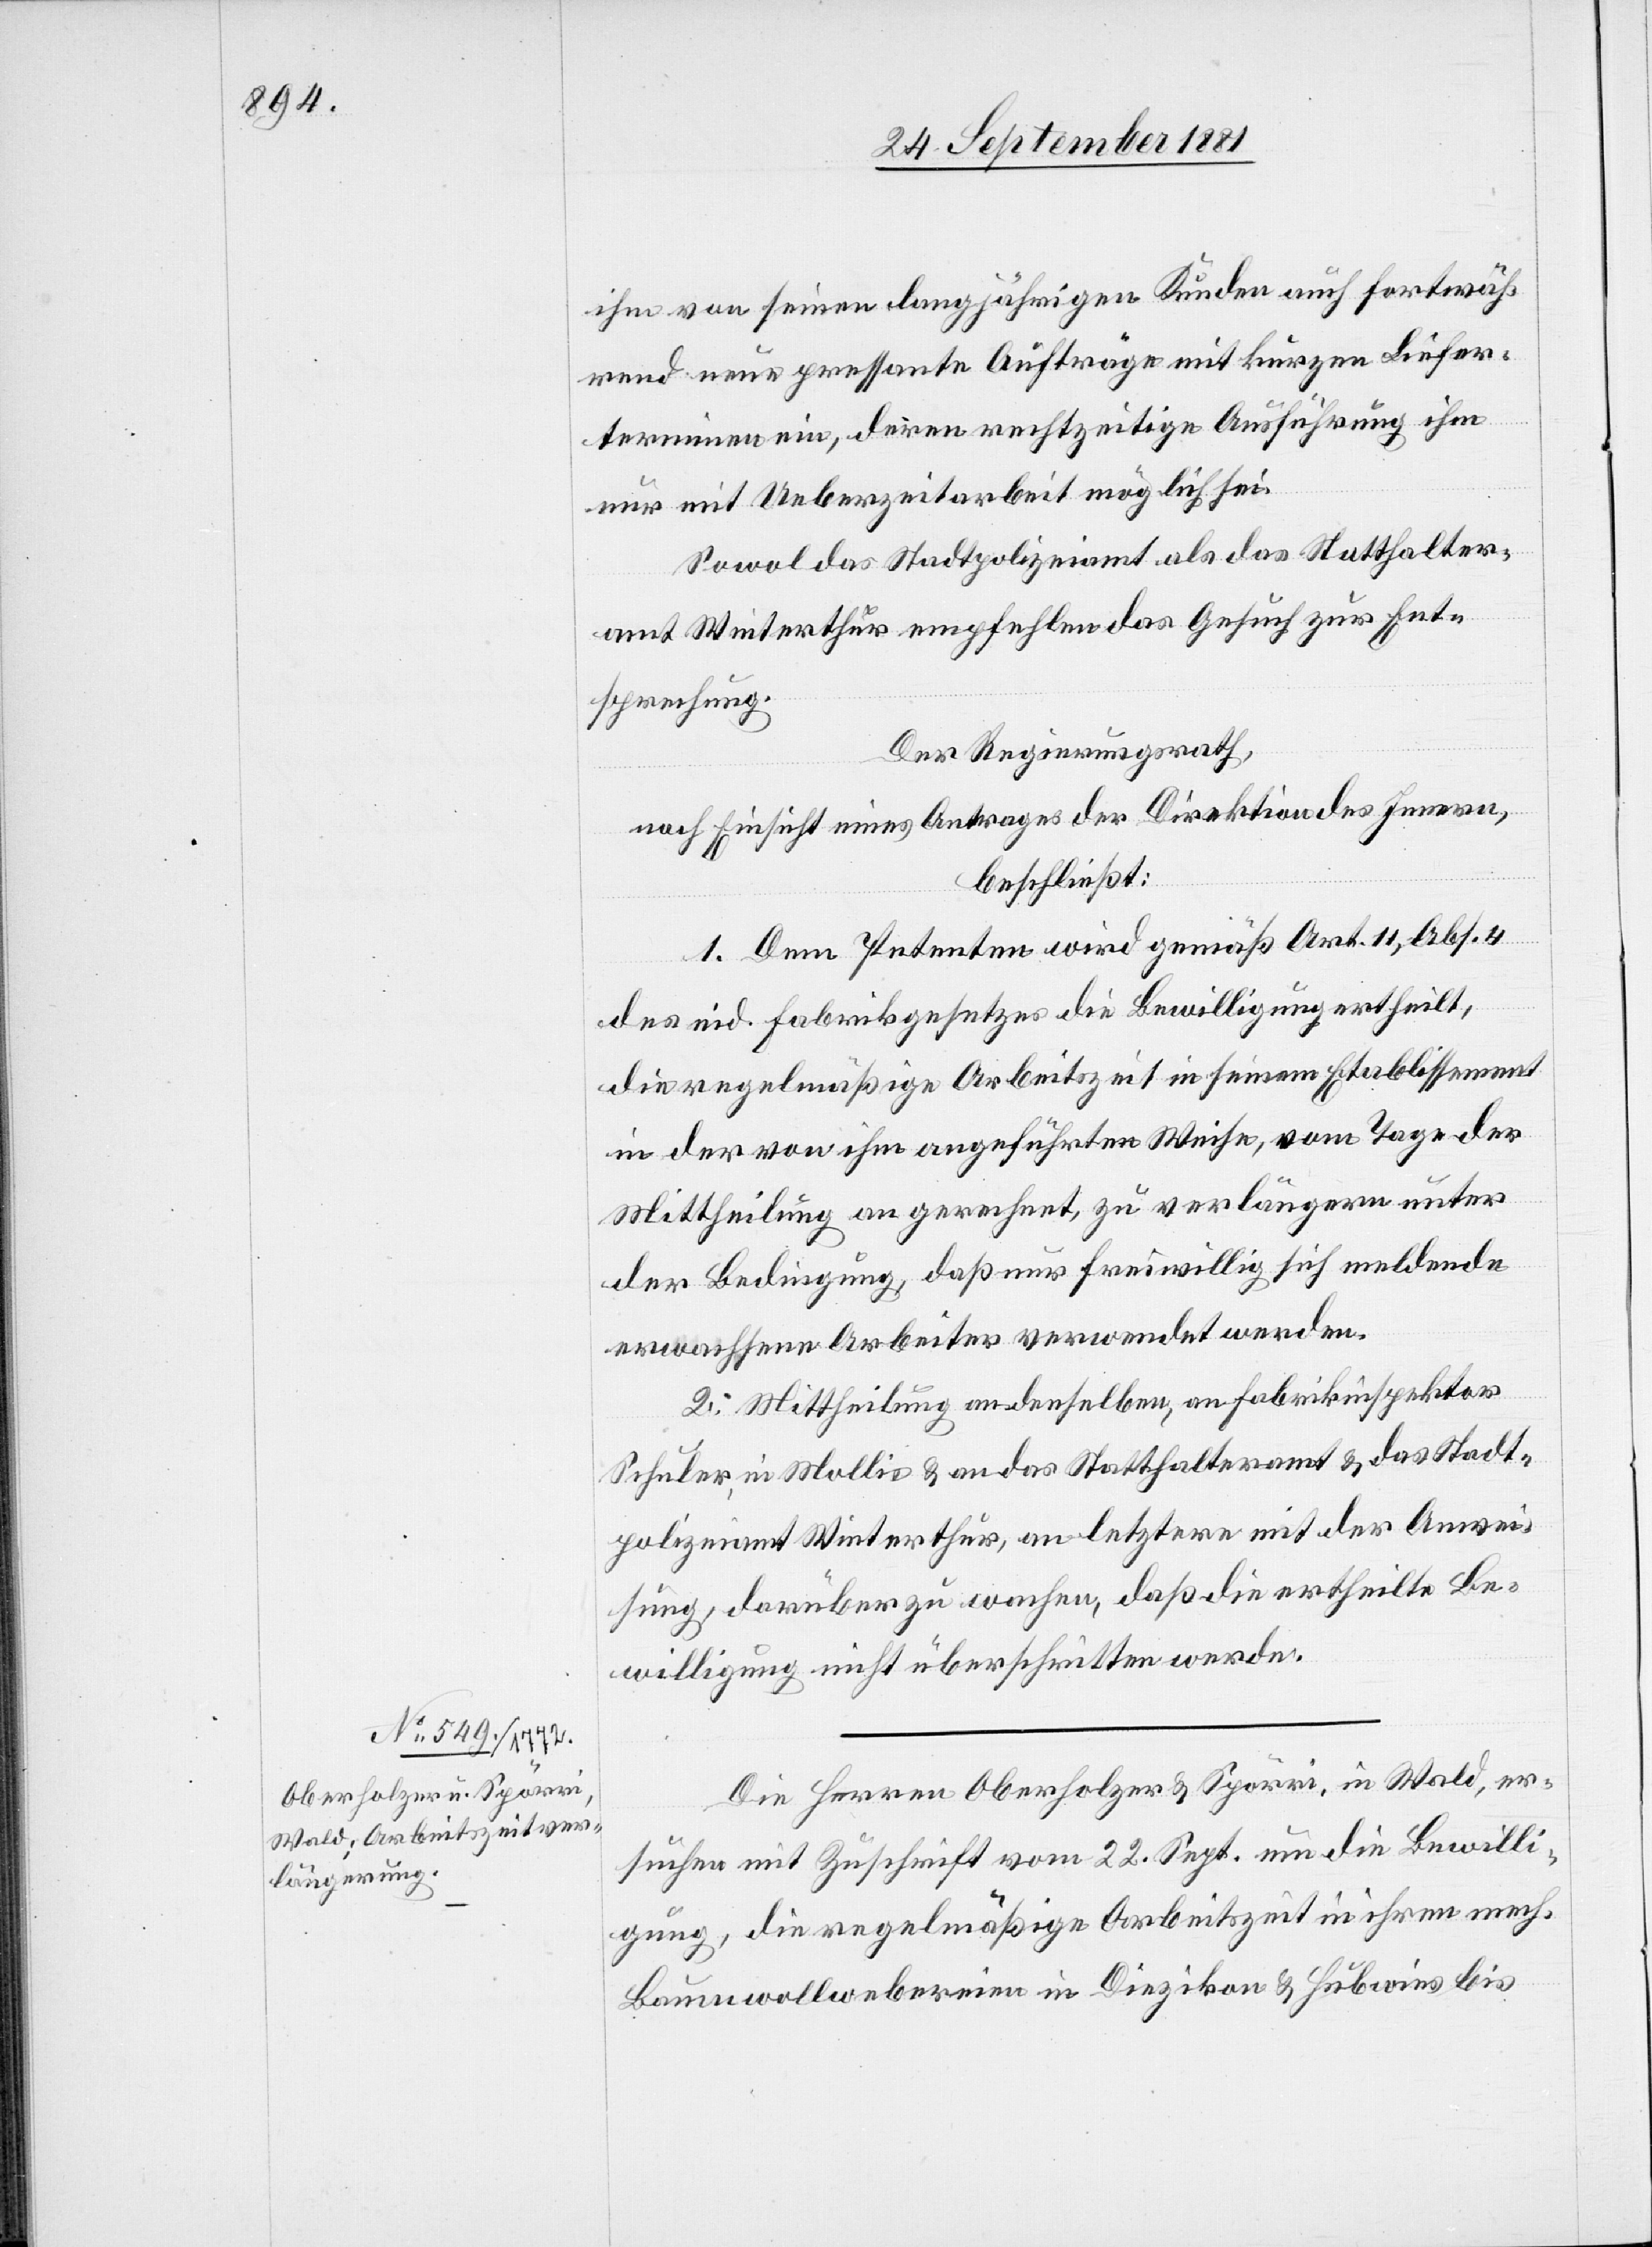
27. September 1881.]
ihm von seinen langjährigen Kunden auch fortwäh¬
rend neue pressante Aufträge mit kurzen Liefer¬
terminen ein, deren rechtzeitige Ausführung ihm
nur mit Ueberzeitarbeit möglich sei.
Sowol das Stadtpolizeiamt als das Statthalter¬
amt Winterthur empfehlen das Gesuch zur Ent¬
sprechung.
Der Regierungsrath,
nach Einsicht eines Antrages der Direktion des Innern,
beschließt:
1. Dem Petenten wird gemäß Art. 11, Abs. 4
des eid. Fabrikgesetzes die Bewilligung ertheilt,
die regelmäßige Arbeitszeit in seinem Etablissement
in der von ihm angeführten Weise, vom Tage der
Mittheilung an gerechnet, zu verlängern unter
der Bedingung, daß nur freiwillig sich meldende
erwachsene Arbeiter verwendet werden.
2. Mittheilung an denselben, an Fabrikinspektor
Schuler, in Mollis & an das Statthalteramt & das Stadt¬
polizeiamt Winterthur, an letztere mit der Anwei¬
sung, darüber zu wachen, daß die ertheilte Be¬
willigung nicht überschritten werde.
Die Herren Oberholzer & Spörri, in Wald, er¬
suchen mit Zuschrift vom 22. Sept. um die Bewilli¬
gung, die regelmäßige Arbeitszeit in ihren mech.
Baumwollwebereien in Diezikon & Hubwies bis